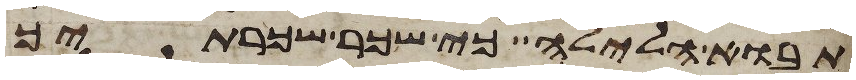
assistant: תבוא הלילה כי שכר שכרתיך